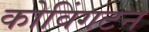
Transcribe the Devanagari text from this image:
कोविंगटन